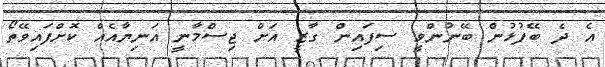
އެ ދެ ބޭފުޅުން ބޭނުންވީ ސިފައިން ގާޒީ އަށް ޖިސްމާނީ އަނިޔާއެއް ކޮށްފައިވޭތޯ